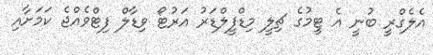
އެލެގްރީ ބުނީ އެ ޓީމުގެ ޗިލީ މިޑްފީލްޑަރު އަރުޓޯ ވިޑާލް ފިޓްވެއްޖެ ކަމަށާއި